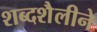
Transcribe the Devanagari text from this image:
शब्दशैलीने